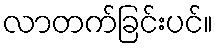
လာတက်ခြင်းပင်။